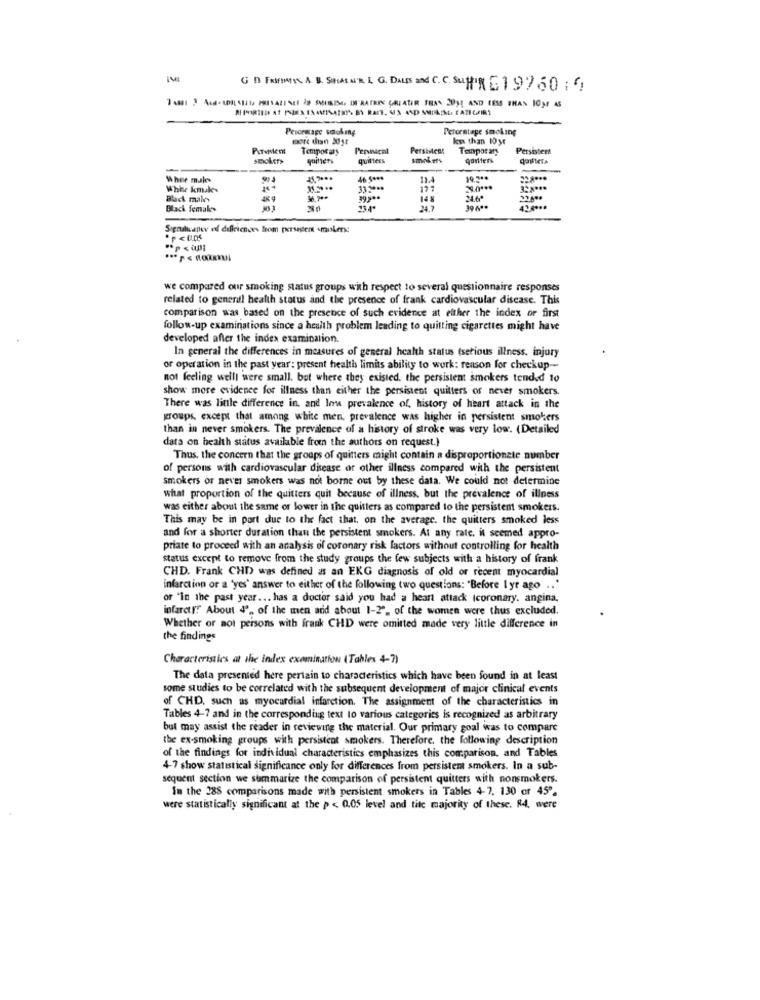
G D FRIFINNES A. S. SIHASN'T L G. DALES and C. C. SuHR G19760 ;"
7 481 2 And- AISHI PRISALINEI &# SMITSISE, IM MATRIK CAULATER THAN 2PHE AND LESS THAN 10)! AS
Pevoratage soaking
Percentage smoking
more than Just
less than 10 ye
P.Tvilent
Temporary
PerMacal
Persistenz
Temporary
PersisterA
quilters
qonters
While males
46 5 ***
11.4
19.5 **
Whhe Inule.
333 ***
Black makes
39.9 **
Black femak-
39 6ª
4.3.8 ***
Sigruhuanee ef dificiences from persegten .muskerse
we compared our smoking status groups with respect to several questionnaire responses
related to general health status and the presence of frank cardiovascular disease. This
comparison was based on the presence of such evidence at either the index or first
follow-up examinations since a health problem leading to quitting cigarettes might have
developed after the index examination.
In general the differences in measures of general health status (serious illness, injury
or operation in the past year: present health limits ability to work: reason for checkup --
not feeling welll were small. but where they existed. the persistent smokers tended 10
show more evidence for illness than either the persistent quilters of never smokers.
There was little difference in, and Ins prevalence of. history of heart attack in the
groups, except that among white men, prevalence was higher in persistent smokers
than in never smokers. The prevalence of a history of stroke was very low. (Detailed
data on health status available from the authors on request.)
Thus, the concern that the groups of quitters might contain a disproportionate number
of persons with cardiovascular disease or other illness compared with the persistent
smokers or never smokers was not borne out by these data. We could not determine
what proportion of the quitters quit because of illness, but the prevalence of illness
was either about the same or lower in the quitters as compared to the persistem smokers.
This may be in part due to the fact that, on the average. the quitters smoked less
and for a shorter duration than the persistent smokers. At any rate. it seemed appro-
priate to proceed with an analysis of coronary risk factors without controlling for health
status except to remove from the study groups the few subjects with a history of frank
CHD. Frank CHD was defined as an EKG diagnosis of old or recent myocardial
infarction or a 'yes' answer to either of the following two questions: "Before 1 yr ago .. '
or 'In the past year ... has a doctor said you had a heart attack (coronary. angina.
infarct !! About 4', of the men and about 1-2"_ of the women were thus excluded.
Whether or not persons with frank CHD were omitted made very little difference in
the findings
Characteristics at the index examination (Tables 4-7)
The data presented here pertain to characteristics which have been found in at least
some studies to be correlated with the subsequent development of major clinical events
of CHD, such as myocardial infarction. The assignment of the characteristics in
Tables 4-7 and in the corresponding text to various categories is recognized as arbitrary
but may assist the reader in reviewing the material. Our primary goal was to compare
the ex-smoking groups with persistent smokers. Therefore, the following description
of the findings for individual characteristics emphasizes this comparison, and Tables
4-7 show statistical significance only for differences from persistent smokers. In a sub-
sequent section we summarize the comparison of persistent quitters with nonsmokers.
In the 288 comparisons made with persistent smokers in Tables 4-7. 130 or 45".
were statistically significant at the p < 0.05 level and tite majority of these. 84, were